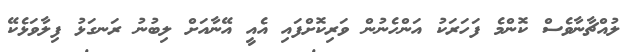
ލުއްޗާނާވެސް ކޮންމެ ފަހަރަކު އަންހެނުން ވަރިކޮށްފައި އެއީ އޭނާއަށް ލިބުނު ރަނގަޅު ފިލާވަޅެކޭ